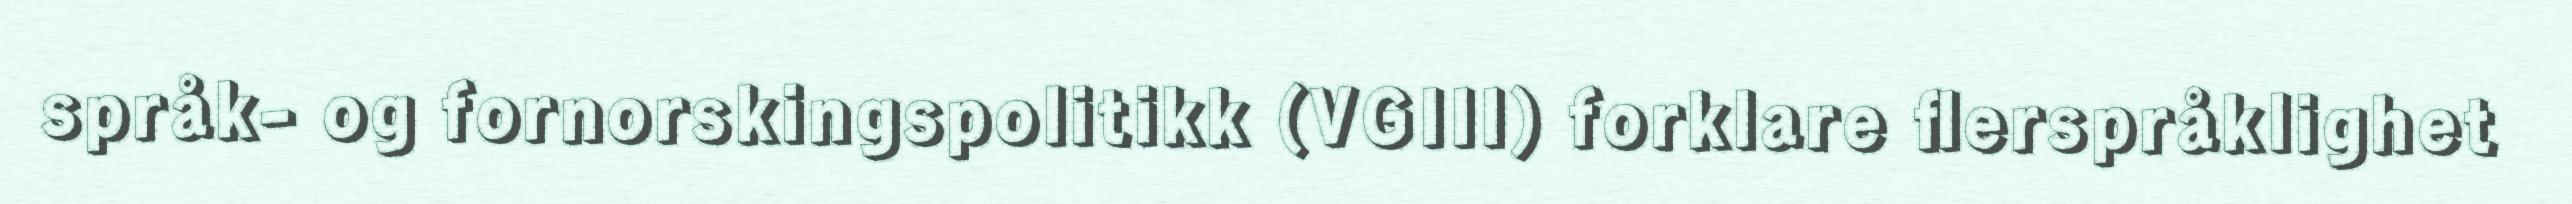
språk- og fornorskingspolitikk (VGIII) forklare flerspråklighet